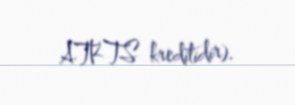
ATKTS kreditidir).